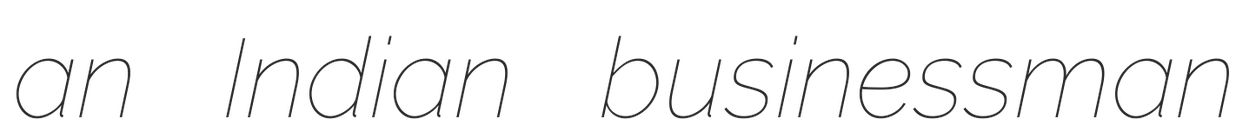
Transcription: an Indian businessman